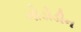
ગોડોડીન